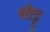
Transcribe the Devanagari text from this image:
थोट्टू